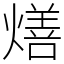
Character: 㷽